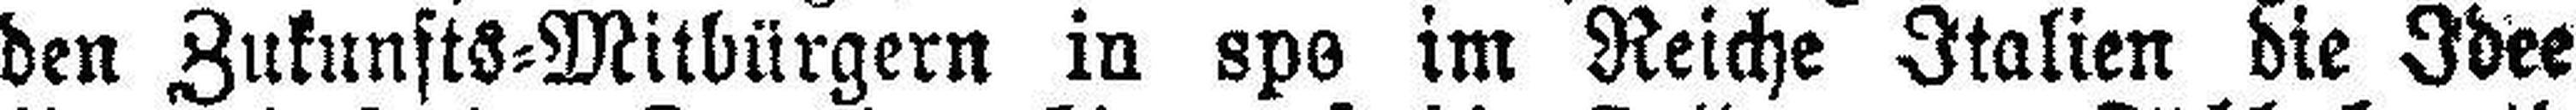
den Zukunsts=Mitbürgern in spe im Reiche Italien die Idee